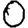
Digit: 0